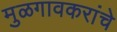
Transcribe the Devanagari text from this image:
मुळगावकरांचे